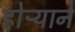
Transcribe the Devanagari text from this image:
होऱ्याने